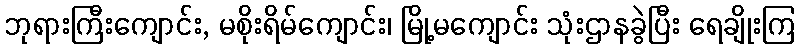
ဘုရားကြီးကျောင်း, မစိုးရိမ်ကျောင်း၊ မြို့မကျောင်း သုံးဌာနခွဲပြီး ရေချိုးကြ